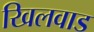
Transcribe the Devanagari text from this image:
खिलवाड